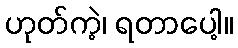
ဟုတ်ကဲ့၊ ရတာပေါ့။